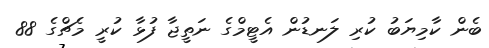
ބެން ކާމިޔަބު ކުރި ލަނޑުން އެޓީމްގެ ނަތީޖާ ފުޅާ ކުރީ މެޗްގެ 88